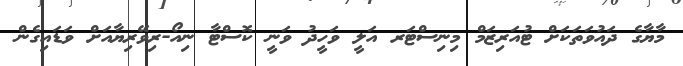
މާޔާގެ ދައުވަތަކަށް ޓުއަރިޒަމް މިނިސްޓަރ އަލީ ވަހީދު ވަނީ ކޮސްޓާ ނިއޯ-ރިވޭރިޔާއަށް ވަޑައިގެން